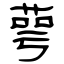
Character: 萼